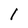
Character: 1